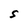
Character: S